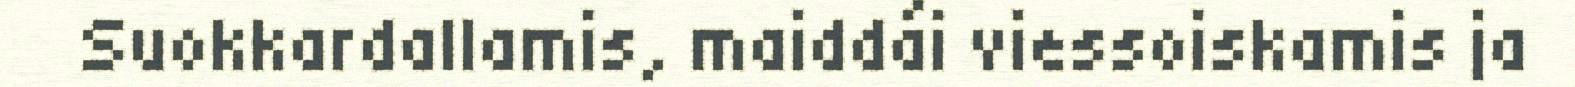
Suokkardallamis, maiddái viessoiskamis ja